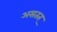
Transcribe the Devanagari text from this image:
असतत्